Medical and sanitary report of the native army of Madras for the year
Year: 1876
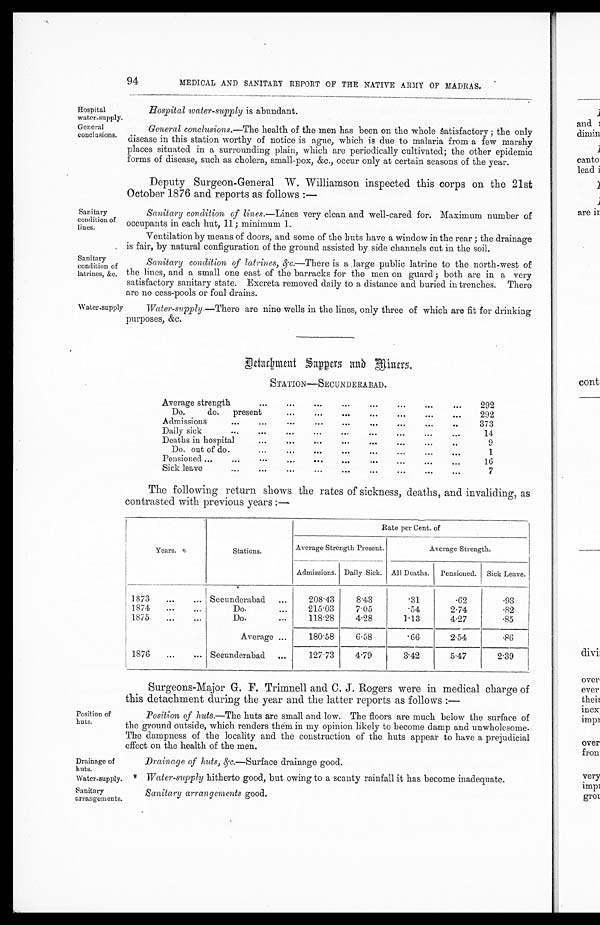
Hospital
water-supply.
General
conclusions.
Drainage of
huts.
Water-supply.
Sanitary
arrangements.
94
MEDICAL AND SANITARY REPORT OF THE NATIVE ARMY OF MADRAS.
Sanitary
condition of
lines.
Sanitary
condition of
latrines, &c.
Water-supply
Hospital water-supply is abundant.
General conclusions. —The health of the men has been on the whole satisfactory ; the only
disease in this station worthy of notice is ague, which is due to malaria from a few marshy
places situated in a surrounding plain, which are periodically cultivated; the other epidemic
forms of disease, such as cholera, small-pox, &c., occur only at certain seasons of the year.
Deputy Surgeon-General W. Williamson inspected this corps on the 21st
October 1876 and reports as follows :—
Sanitary condition of lines. —Lines very clean and well-cared for Maximum number of
occupants in each hut, 11 ; minimum 1.
Ventilation by means of doors, and some of the huts have a window in the rear ; the drainage
is fair, by natural configuration of the ground assisted by side channels cut in the soil.
Sanitary condition of latrines, & c.—There is a large public latrine to the north-west of
the lines, and a small one east of the barracks for the men on guard ; both are in a very
satisfactory sanitary state. Excreta removed daily to a distance and buried in trenches. There
are no cess-pools or foul drains.
Water-supply. —There are nine wells in the lines, only three of which are fit for drinking
purposes, &c.
Position of
huts.
D e t a c h m e n t S a p p e r s a n d M i n e r s .
STATION—SECUNDERABAD.
Average strength
...
...
...
...
...
...
292
Do.
do.
present
...
...
...
...
...
...
...
292
Admissions
... ... ... ... ... ...
373
Daily sick
... ... . .. .. . ... ... . .. ...
1 4
Deaths in hospital
...
...
...
...
...
...
...
9
D o . out of do.
...
...
...
...
. . .
1
Pensioned ...
...
... ... ... ... ... ... ...
1 6
Sick leave
... ... ... ... ... ... ...
7
The following return shows the rates of sickness, deaths, and invaliding, as
contrasted with previous years :—
Years.
Stations.
Rate per Cent. of
Average Strength Present.
Average Strength.
Admissions. Daily Sick. All Deaths. Pensioned. Sick Leave.
1873
...
... Secunderabad ...
208.43
8 . 4 3
. 3 1
.62
.93
1874
...
...
Do.
...
215.03
7.05
.54
2.74
. 8 2
1875
...
...
Do.
118.28
4.28
1.13
4.27
. 8 5
Average ...
180.58
6.58
.66
2.54
.86
1876
...
... Secunderabad ...
127.73
4.79
3.42
5.47
2.39
Surgeons-Major G. F. Trimnell and C. J. Rogers were in medical charge of
this detachment during the year and the latter reports as follows :—
Position of huts.—The huts are small and low. The floors are much below the surface of
the ground outside, which renders them in my opinion likely to become damp and unwholesome.
The dampness of the locality and the construction of the huts appear to have a prejudicial
effect on the health of the men.
Drainage of huts, &c.—Surface drainage good.
Water-supply hitherto good, but owing to a scanty rainfall it has become inadequate.
Sanitary arrangements good.